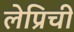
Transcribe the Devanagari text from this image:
लेप्रिची